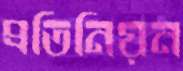
প্রতিনিয়ন